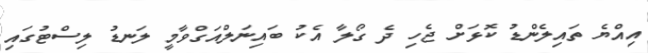
އިއްޔެ ތައިލެންޑު ކޮޅަށް ޖެހި ދެ ގޯލާ އެކު ބައިނަލްއަގްވާމީ ލަނޑު ލިސްޓުގައި